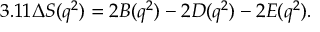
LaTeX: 3 . 1 1 \Delta S ( q ^ { 2 } ) = 2 { \cal B } ( q ^ { 2 } ) - 2 { \cal D } ( q ^ { 2 } ) - 2 { \cal E } ( q ^ { 2 } ) .